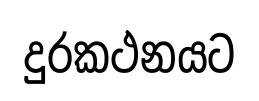
දුරකථනයට